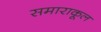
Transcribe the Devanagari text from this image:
समाराकूल